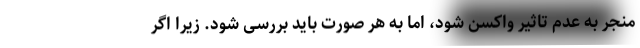
منجر به عدم تاثیر واکسن شود، اما به هر صورت باید بررسی شود. زیرا اگر